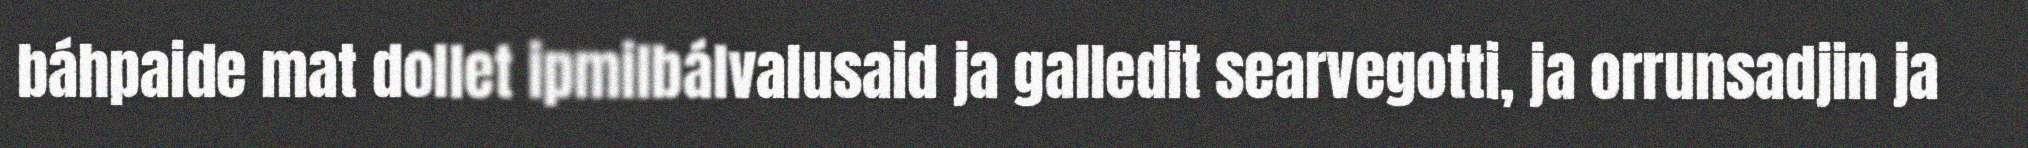
báhpaide mat dollet ipmilbálvalusaid ja galledit searvegotti, ja orrunsadjin ja